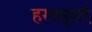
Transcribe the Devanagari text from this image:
हस्तमुद्राएँ